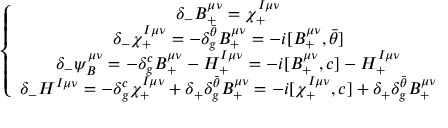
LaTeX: \left\{ \begin{array} { c } { { \delta _ { - } B _ { + } ^ { \mu \nu } = \chi _ { + } ^ { I \mu \nu } } } \\ { { \delta _ { - } \chi _ { + } ^ { I \mu \nu } = - \delta _ { g } ^ { \bar { \theta } } B _ { + } ^ { \mu \nu } = - i [ B _ { + } ^ { \mu \nu } , { \bar { \theta } } ] } } \\ { { \delta _ { - } \psi _ { B } ^ { \mu \nu } = - \delta _ { g } ^ { c } B _ { + } ^ { \mu \nu } - H _ { + } ^ { I \mu \nu } = - i [ B _ { + } ^ { \mu \nu } , c ] - H _ { + } ^ { I \mu \nu } } } \\ { { \delta _ { - } H ^ { I \mu \nu } = - \delta _ { g } ^ { c } \chi _ { + } ^ { I \mu \nu } + \delta _ { + } \delta _ { g } ^ { \bar { \theta } } B _ { + } ^ { \mu \nu } = - i [ \chi _ { + } ^ { I \mu \nu } , c ] + \delta _ { + } \delta _ { g } ^ { \bar { \theta } } B _ { + } ^ { \mu \nu } } } \end{array} \right.